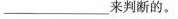
____来判断的。